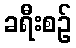
ခရီးစဉ်